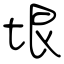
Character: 垠